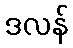
ဒလန်